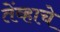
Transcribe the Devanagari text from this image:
तेंव्हाचे